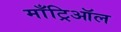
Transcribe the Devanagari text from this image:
माँट्रिऑल